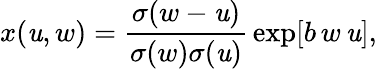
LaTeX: x(\mathit{u},w)={\frac{{\sigma(w-\mathit{u})}}{{\sigma(w)\sigma(\mathit{u})}}}\exp[b\, w\, \mathit{u}],